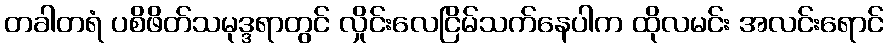
တခါတရံ ပစိဖိတ်သမုဒ္ဒရာတွင် လှိုင်းလေငြိမ်သက်နေပါက ထိုလမင်း အလင်းရောင်